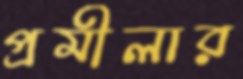
প্রমীলার